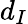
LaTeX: d_{I}